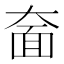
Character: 奤